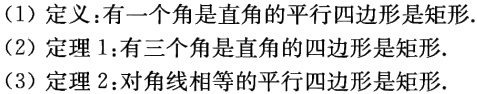
（1）定义：有一个角是直角的平行四边形是矩形.
（2）定理 1：有三个角是直角的四边形是矩形.
（3）定理 2：对角线相等的平行四边形是矩形.